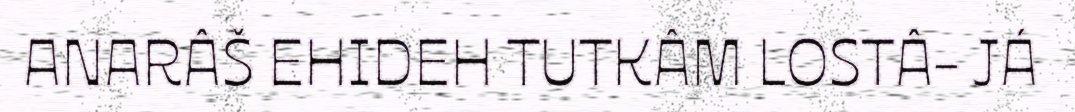
ANARÂŠ EHIDEH TUTKÂM LOSTÂ- JÁ